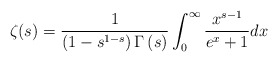
\begin{align*}\zeta(s)=\frac{1}{\left(1-s^{1-s}\right)\Gamma\left({s}\right)}\int_{0}^\infty \frac{x^{s-1}}{e^{x}+1}dx\end{align*}